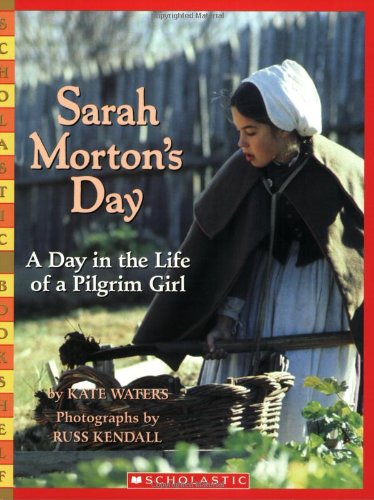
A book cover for Sarah Morton's Day: A Day in the Life of a Pilgrim Girl (Scholastic Bookshelf); Kate Waters; Children's Books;